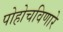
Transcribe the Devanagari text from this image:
पोहोचविणारे